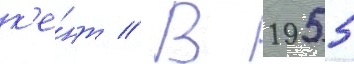
к'е́нт // В 1955